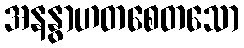
အနနွာဟတစေတသော